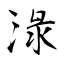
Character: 淥